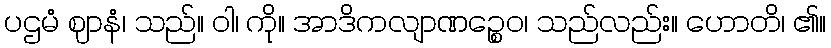
ပဌမံ ဈာနံ၊ သည်။ ဝါ၊ ကို။ အာဒိကလျာဏဉ္စေဝ၊ သည်လည်း။ ဟောတိ၊ ၏။